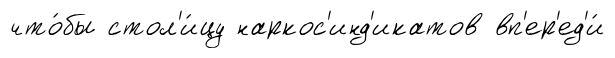
что́бы стол'и́цу наркос'инд'икатов вп'ер'ед'и́